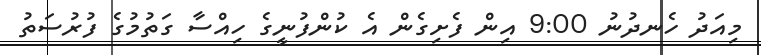
މިއަދު ހެނދުނު 9:00 އިން ފެށިގެން އެ ކުންފުނީގެ ހިއްސާ ގަތުމުގެ ފުރުސަތު